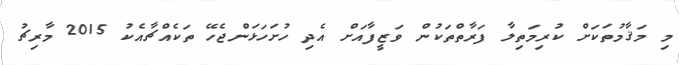
މި މަޤާމުތަކަށް ކުރިމަތިލާ ފަރާތްތަކުން ވަޒީފާއަށް އެދި ހުށަހަޅަންޖެހޭ ތަކެއްޗާއެކު 2015 މާރިޗު